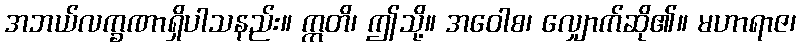
အဘယ်လက္ခဏာရှိပါသနည်း။ ဣတိ၊ ဤသို့။ အဝေါစ၊ လျှောက်ဆို၏။ မဟာရာဇ၊